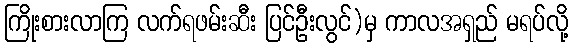
ကြိုးစားလာကြ လက်ရဖမ်းဆီး ပြင်ဦးလွင်)မှ ကာလအရှည် မရပ်လို့